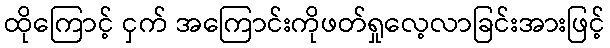
ထိုကြောင့် ငှက် အကြောင်းကိုဖတ်ရှုလေ့လာခြင်းအားဖြင့်